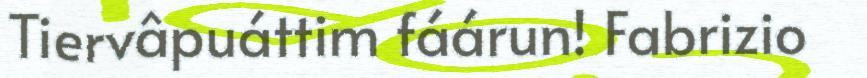
Tiervâpuáttim fáárun! Fabrizio